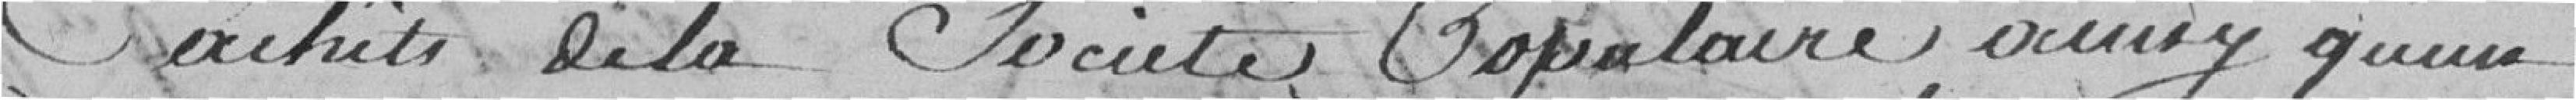
Cachets de la Société Populaire ainsi qu'un